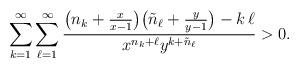
LaTeX: \begin{align*} \sum_{k=1}^\infty \sum_{\ell=1}^\infty\frac{\big(n_k+\frac{x}{x-1}\big) \big(\tilde{n}_\ell+\frac{y}{y-1}\big) - k\,\ell}{x^{n_k+\ell}y^{k+\tilde{n}_\ell}} > 0.\end{align*}